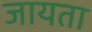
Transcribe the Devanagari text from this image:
जायता